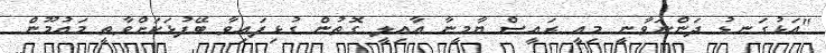
"އަޅުގަނޑު ދަންނަވާނީ މިއީ ރައީސް ޔާމީނާ އާއިލީ ގޮތުން ގުޅިފައިވާ ބޭފުޅަކަށްވާތީ މައުމޫން